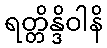
ရတ္တိန္ဒိဝါနိ